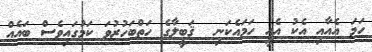
ހަމަ އެއާއި އެކު އެއީ ހަމައެކަނި  ޤަބީލާގެ ހަތްބަހުރުވަ ކަމުގައިވެސް ބައެއް